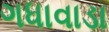
ગધાવાડા